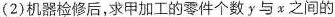
(2)机器检修后，求甲加工的零件个数y与x之间的